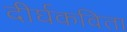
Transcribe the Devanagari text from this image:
दीर्घकविता